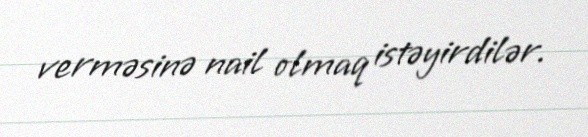
verməsinə nail olmaq istəyirdilər.